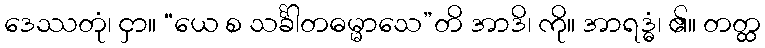
ဒေဿတုံ၊ ငှာ။ “ယေ စ သင်္ခါတဓမ္မာသေ”တိ အာဒိ၊ ကို။ အာရဒ္ဓံ၊ ၏။ တတ္ထ